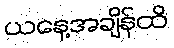
ယနေ့အချိန်ထိ